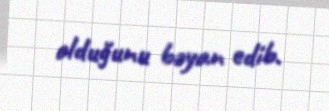
olduğunu bəyan edib.